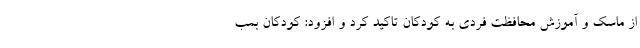
از ماسک و آموزش محافظت فردی به کودکان تاکید کرد و افزود: کودکان بمب